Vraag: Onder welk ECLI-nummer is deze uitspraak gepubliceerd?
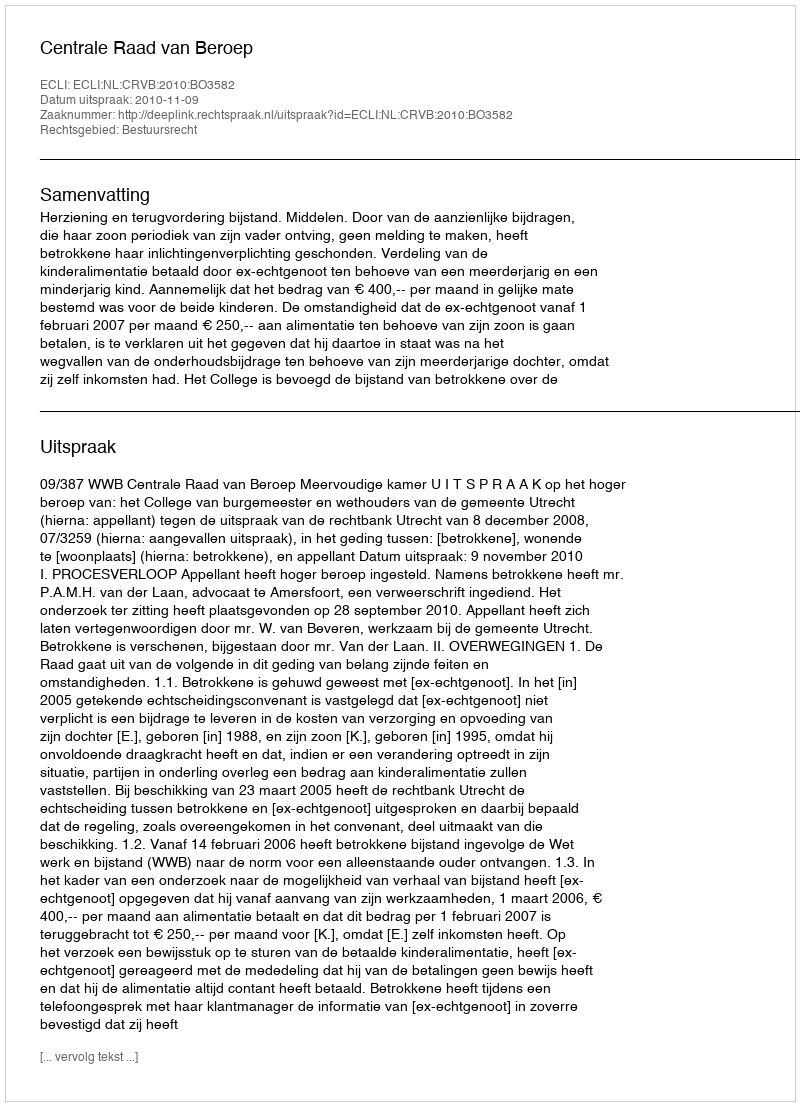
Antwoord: ECLI:NL:CRVB:2010:BO3582